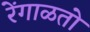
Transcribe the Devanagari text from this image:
रेंगाळतो